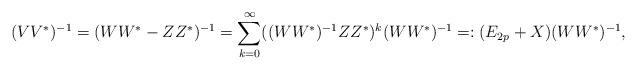
LaTeX: \begin{align*}(VV^*)^{-1}=(WW^*-ZZ^*)^{-1}=\sum_{k=0}^{\infty}((WW^*)^{-1}ZZ^*)^k(WW^*)^{-1}=:(E_{2p}+X)(WW^*)^{-1},\end{align*}